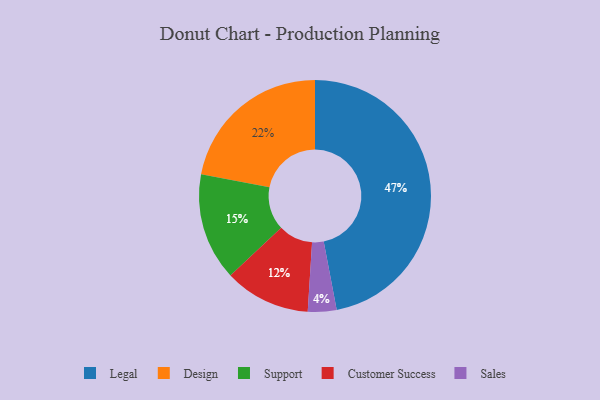
{"axis": {"x": "Category", "y": "Percentage"}, "legend": ["Customer Success", "Design", "Legal", "Sales", "Support"], "data": [{"x": "Support", "y": 15, "type": "Support"}, {"x": "Design", "y": 22, "type": "Design"}, {"x": "Sales", "y": 4, "type": "Sales"}, {"x": "Customer Success", "y": 12, "type": "Customer Success"}, {"x": "Legal", "y": 47, "type": "Legal"}]}